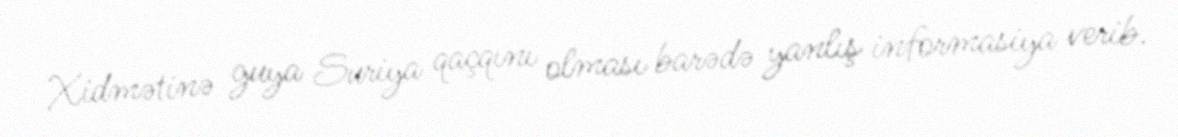
Xidmətinə guya Suriya qaçqını olması barədə yanlış informasiya verib.